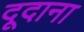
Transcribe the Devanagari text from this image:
दूदाना